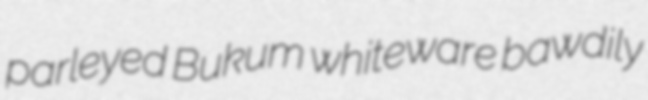
parleyed Bukum whiteware bawdily